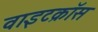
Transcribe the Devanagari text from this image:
वाइटक्रॉस